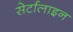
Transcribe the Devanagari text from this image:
सेर्टालाइन